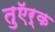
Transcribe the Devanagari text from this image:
तुऍर्क